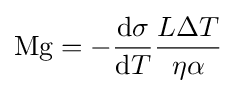
\mathrm {Mg} =-{\frac {\mathrm {d} \sigma }{\mathrm {d} T}}{\frac {L\Delta T}{\eta \alpha }}